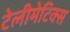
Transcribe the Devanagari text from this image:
टेलीमेटिक्स